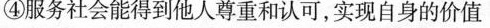
④服务社会能得到他人尊重和认可，实现自身的价值